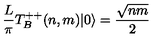
\frac { L } { \pi } T _ { B } ^ { + + } ( n , m ) | 0 \rangle = { \frac { \sqrt { n m } } { 2 } }